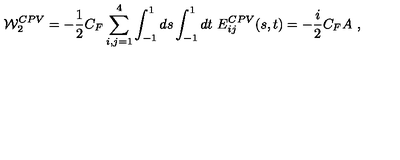
{ \cal W } _ { 2 } ^ { C P V } = - { \frac { 1 } { 2 } } C _ { F } \sum _ { i , j = 1 } ^ { 4 } \int _ { - 1 } ^ { 1 } d s \int _ { - 1 } ^ { 1 } d t \ E _ { i j } ^ { C P V } ( s , t ) = - { \frac { i } { 2 } } C _ { F } A \ ,